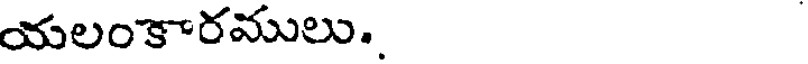
యలంకారములు..